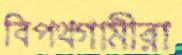
বিপথগামীরা